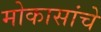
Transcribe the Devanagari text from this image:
मोकासांचे